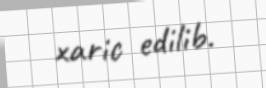
xaric edilib.